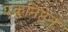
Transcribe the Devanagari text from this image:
एकनिष्ठेनें